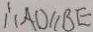
\therefore A D / / B E